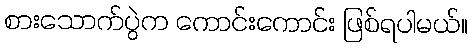
စားသောက်ပွဲက ကောင်းကောင်း ဖြစ်ရပါမယ်။